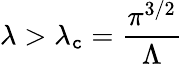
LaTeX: \lambda>\lambda_{\mathtt{c}}=\frac{{\pi^{3/2}}}{{\Lambda}}